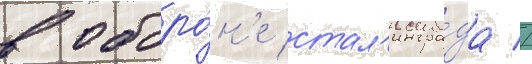
в оборо́н'е стал'ингра́да //